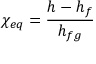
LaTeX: \chi _ { e q } = { \frac { h - h _ { f } } { h _ { f g } } }